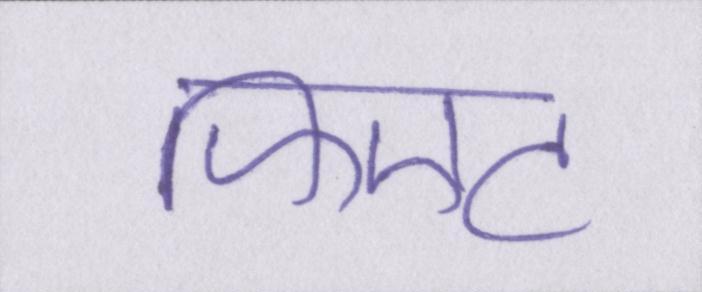
फिएट